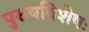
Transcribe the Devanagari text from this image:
पुरुषविशेषः